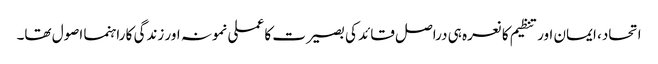
اتحاد، ایمان اور تنظیم کا نعرہ ہی دراصل قائد کی بصیرت کا عملی نمونہ اور زندگی کا راہنما اصول تھا۔